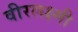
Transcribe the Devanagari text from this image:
वीरलक्ष्मी